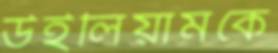
উইলিয়ামকে